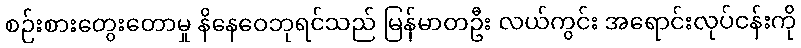
စဉ်းစားတွေးတောမှု နိနေဝေဘုရင်သည် မြန်မာတဦး လယ်ကွင်း အရောင်းလုပ်ငန်းကို